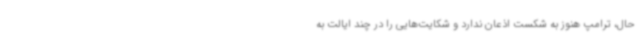
حال، ترامپ هنوز به شکست اذعان ندارد و شکایت‌هایی را در چند ایالت به